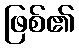
ဖြစ်၏